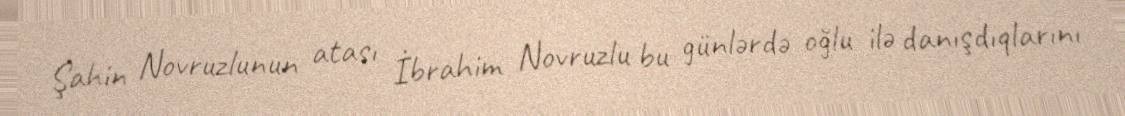
Şahin Novruzlunun atası İbrahim Novruzlu bu günlərdə oğlu ilə danışdıqlarını